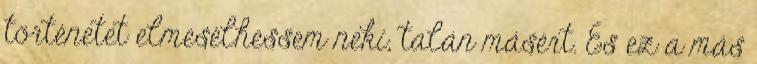
történetet elmesélhessem neki, talán másért. És ez a más